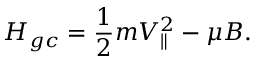
H _ { g c } = \frac { 1 } { 2 } m V _ { \parallel } ^ { 2 } - \mu B .